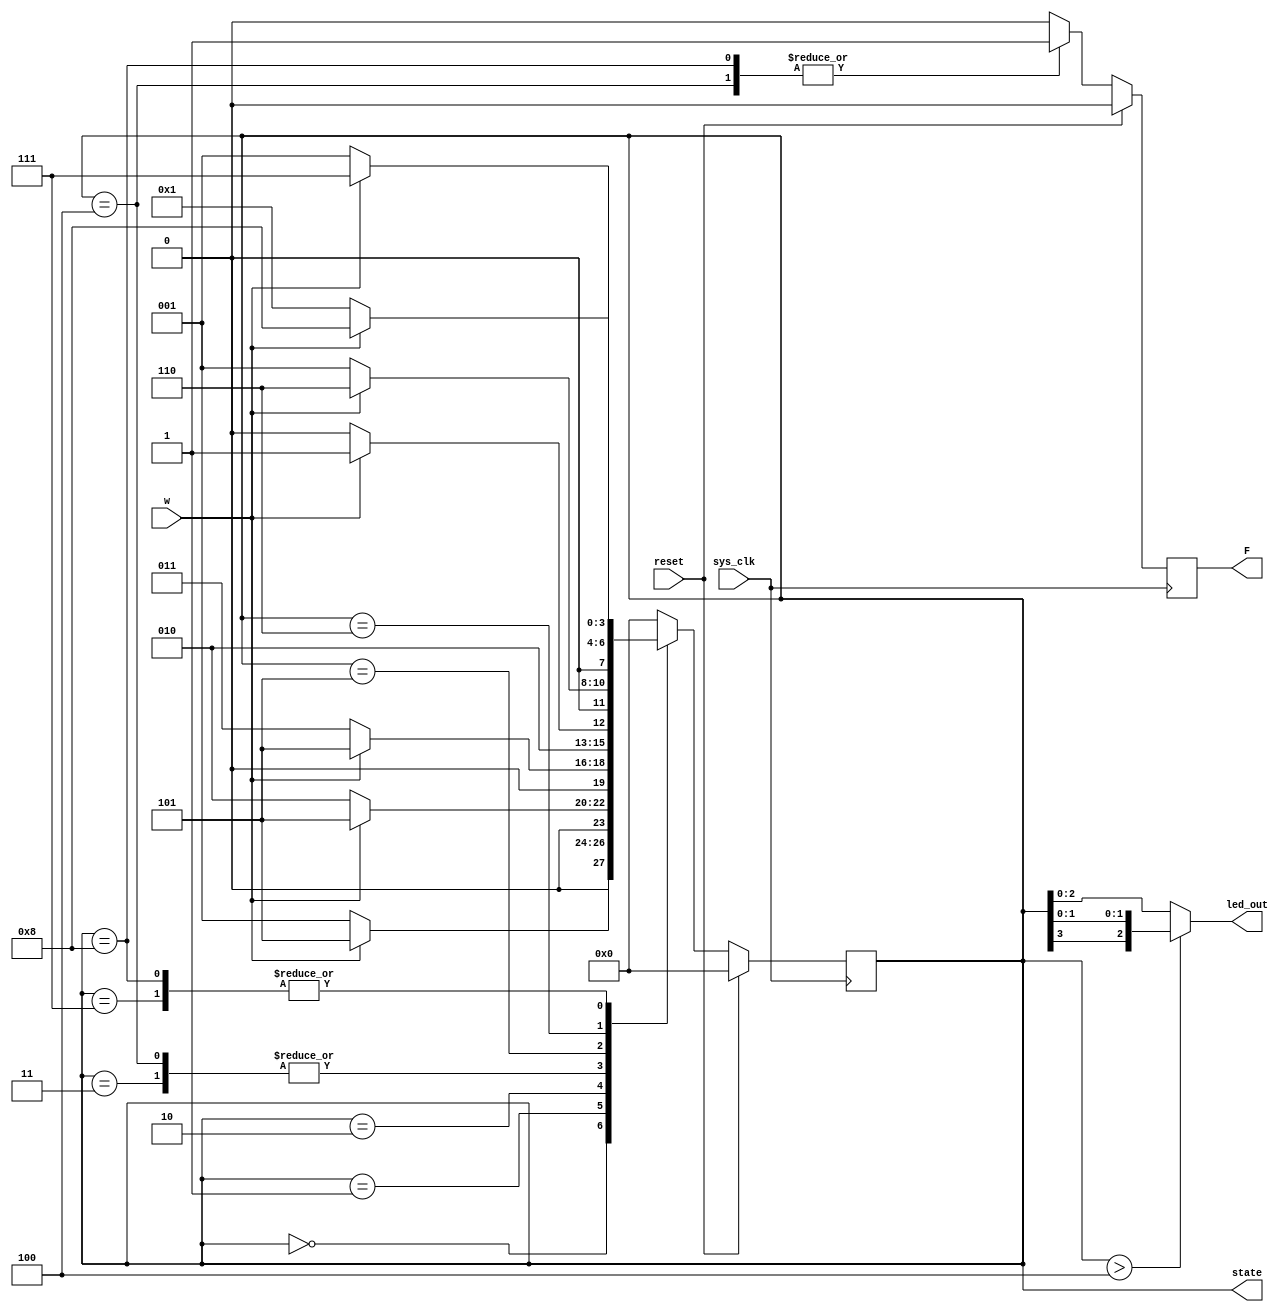
module DigitalLock_code(
	input sys_clk,
	input reset,
	input w,
	output reg F,
	output reg [3:0] state,
	output wire[2:0] led_out
);


parameter idle_state = 0;
parameter S1 = 1;
parameter S2 = 2;
parameter S3 = 3;
parameter S4 = 4;
parameter S5 = 5;
parameter S6 = 6;
parameter S7 = 7;
parameter S8 = 8;


assign led_out = (state>S4)?{state[3],state[1:0]}:state[2:0];
always @ (posedge sys_clk)
begin
	if (reset)
	begin
		state <= idle_state;
		F <= 0;

	end else 
	begin
		case(state)
			idle_state: begin
				F <= 0;
				if (w)
					state <= S5;
				else
					state <= S1;	
				end 
			S1 : begin
				F <= 0;
				if (w)
					state <= S5;
				else
					state <= S2;	
			end
			S2 : begin
				F <= 0;
				if (w)
					state <= S5;
				else
					state <= S3;	
			end
			S3 : begin
				F <= 0;
				if (w)
					state <= S5;
				else
					state <= S4;	
			end
			S4 : begin
				F <= 1;
				if (w)
					state <= S5;
				else
					state <= S4;	
			end
			S5 : begin
				F <= 0;
				if (w)
					state <= S6;
				else
					state <= S1;	
			end
			S6 : begin
				F <= 0;
				if (w)
					state <= S7;
				else
					state <= S1;	
			end
			S7 : begin
				F <= 0;
				if (w)
					state <= S8;
				else
					state <= S1;	
			end
			S8 : begin
				F <= 1;
				if (w)
					state <= S8;
				else
					state <= S1;	
			end

			default: begin
				F <= 0;
				state <= idle_state;
			end
			
		endcase
	end 
end  


endmodule